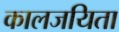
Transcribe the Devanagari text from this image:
कालजयिता